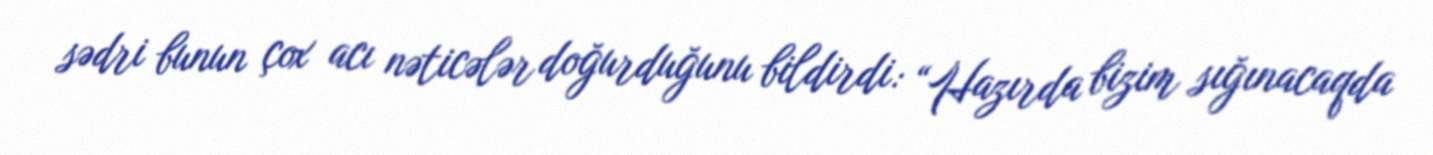
sədri bunun çox acı nəticələr doğurduğunu bildirdi: “Hazırda bizim sığınacaqda